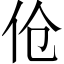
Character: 伧